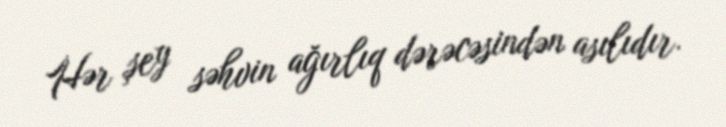
Hər şey səhvin ağırlıq dərəcəsindən asılıdır.